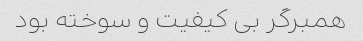
همبرگر بی کیفیت و سوخته بود